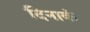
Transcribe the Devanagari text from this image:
दिनाकं